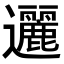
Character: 邐